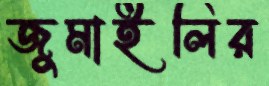
জুমাইলির